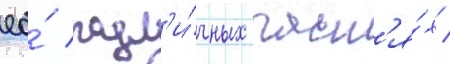
ео́ разл'и́чных част'я́х /